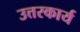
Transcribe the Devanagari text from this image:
उत्तरकार्य